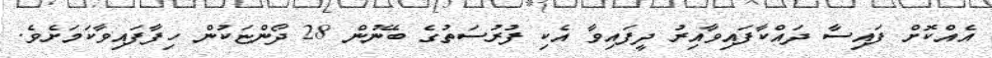
އެއްކޮށް ފައިސާ ދައްކާފައިވާއިރު ދީފައިވާ އެކި ފުރުސަތުގެ ބޭނުން 28 ދޯންޏަކުން ހިފާފައިވާކަމަށެވެ.